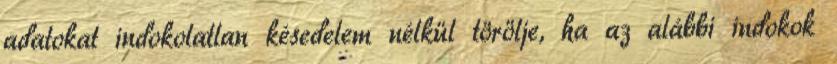
adatokat indokolatlan késedelem nélkül törölje, ha az alábbi indokok